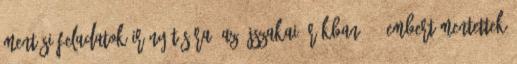
mentési feladatok irányítására. Az éjszakai órákban 587 embert mentettek